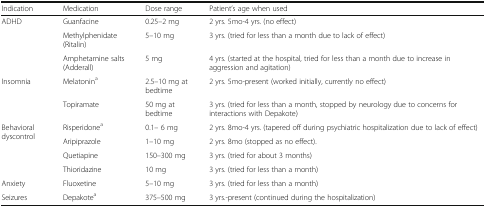
| Indication | Medication | Dose range | Patient’s age when used |
 | --- | --- | --- | --- |
 | <ROWSPAN=3> ADHD | Guanfacine | 0.25–2 mg | 2 yrs. 5mo-4 yrs. (no effect) |
 | Methylphenidate (Ritalin) | 5–10 mg | 3 yrs. (tried for less than a month due to lack of effect) |
 | Amphetamine salts (Adderall) | 5 mg | 4 yrs. (started at the hospital, tried for less than a month due to increase in aggression and agitation) |
 | <ROWSPAN=2> Insomnia | Melatonina | 2.5–10 mg at bedtime | 2 yrs. 5mo-present (worked initially, currently no effect) |
 | Topiramate | 50 mg at bedtime | 3 yrs. (tried for less than a month, stopped by neurology due to concerns for interactions with Depakote) |
 | <ROWSPAN=3> Behavioral dyscontrol | Risperidonea | 0.1– 6 mg | 2 yrs. 8mo-4 yrs. (tapered off during psychiatric hospitalization due to lack of effect) |
 | Aripiprazole | 1–10 mg | 2 yrs. 8mo (stopped as no effect). |
 | Quetiapine | 150–300 mg | 3 yrs. (tried for about 3 months) |
 |  | Thioridazine | 10 mg | 3 yrs. (tried for less than a month) |
 | Anxiety | Fluoxetine | 5–10 mg | 3 yrs. (tried for less than a month) |
 | Seizures | Depakotea | 375–500 mg | 3 yrs.-present (continued during the hospitalization) |